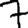
Digit: 7